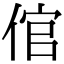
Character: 倌